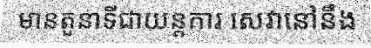
មានតួនាទីជាយន្តការ សេវានៅនឹង